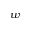
w